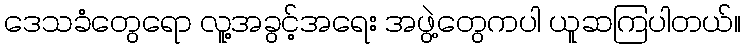
ဒေသခံတွေရော လူ့အခွင့်အရေး အဖွဲ့တွေကပါ ယူဆကြပါတယ်။